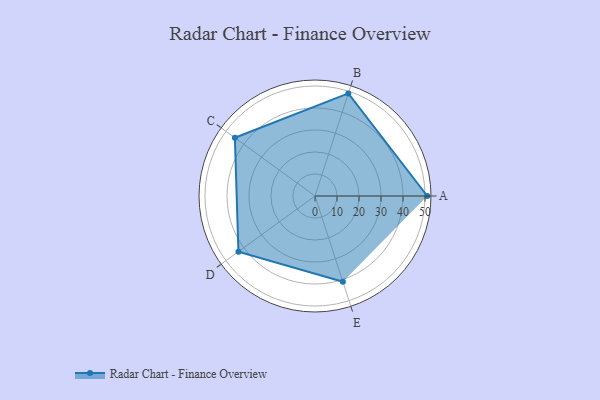
{"axis": {"x": "Skill", "y": "Score"}, "legend": ["Profile"], "data": [{"x": "A", "y": 51.0, "type": "Profile"}, {"x": "B", "y": 49.0, "type": "Profile"}, {"x": "C", "y": 45.0, "type": "Profile"}, {"x": "D", "y": 43.0, "type": "Profile"}, {"x": "E", "y": 41.0, "type": "Profile"}]}